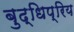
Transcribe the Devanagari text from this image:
बुद्धिप्रिय